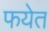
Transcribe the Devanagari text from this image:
फयेत